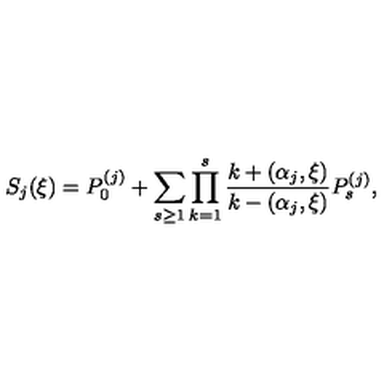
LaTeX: S _ { j } ( \xi ) = P _ { 0 } ^ { ( j ) } + \sum _ { s \geq 1 } \prod _ { k = 1 } ^ { s } \frac { k + ( \alpha _ { j } , \xi ) } { k - ( \alpha _ { j } , \xi ) } P _ { s } ^ { ( j ) } ,